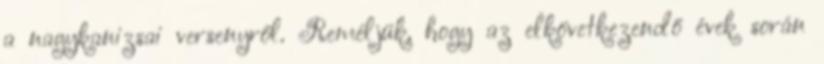
a nagykanizsai versenyről. Reméljük, hogy az elkövetkezendő évek során